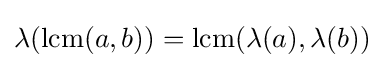
\lambda (\mathrm {lcm} (a,b))=\mathrm {lcm} (\lambda (a),\lambda (b))